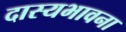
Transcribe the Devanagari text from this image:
दास्यभावना